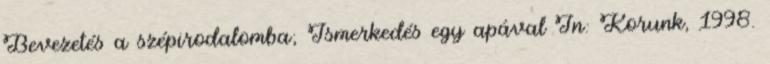
Bevezetés a szépirodalomba; Ismerkedés egy apával In: Korunk, 1998.